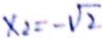
x _ { 2 } = - \sqrt { 2 }